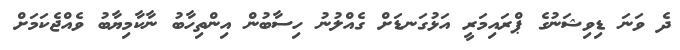
ދެ ވަނަ ޑިވިޝަނުގެ ޕްރައިމަރީ އަޅުގަނޑަށް ގެއްލުނު ހިސާބުން އިންތިހާބު ނާކާމިޔާބު ވެއްޖެކަމަށް